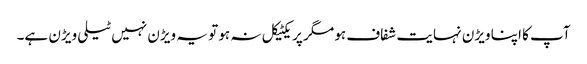
آپ کا اپنا ویڑن نہایت شفاف ہو مگر پریکٹیکل نہ ہو تو یہ ویڑن نہیں ٹیلی ویڑن ہے۔